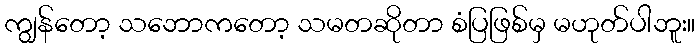
ကျွန်တော့ သဘောကတော့ သမတဆိုတာ စံပြဖြစ်မှ မဟုတ်ပါဘူး။